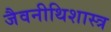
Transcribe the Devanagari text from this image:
जैवनीथिशास्त्र